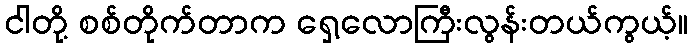
ငါတို့ စစ်တိုက်တာက ရှေ့လောကြီးလွန်းတယ်ကွယ့်။